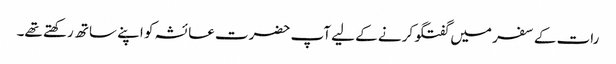
رات کے سفر میں گفتگو کرنے کے لیے آپ حضرت عائشہ کو اپنے ساتھ رکھتے تھے۔